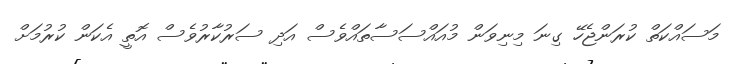
މަސައްކަތް ކުރަންޖެހޭ ގިނަ މިނިވަން މުއައްސަސާތައްވެސް އަދި ސަރުކާރުވެސް އޮތީ އެކަން ކުރުމަށް